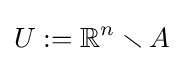
U:=\mathbb {R} ^{n}\smallsetminus A